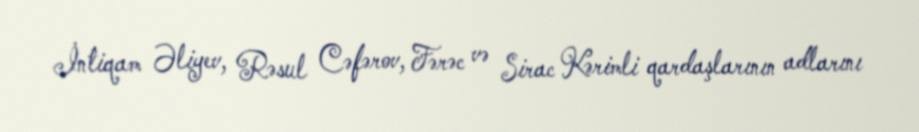
İntiqam Əliyev, Rəsul Cəfərov, Fərəc və Sirac Kərimli qardaşlarının adlarını